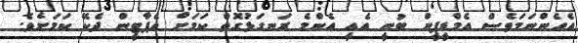
އެހެންނަމަވެސް އެމްޑީޕީން ބުނީ އެއީ އެންމެ ރަނގަޅުގޮތް ކަމަށް އެޕާޓީން ދެކޭ ކަމަށެވެ.